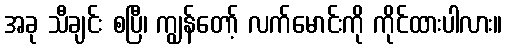
အခု သီချင်း စပြီ၊ ကျွန်တော့် လက်မောင်းကို ကိုင်ထားပါလား။